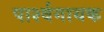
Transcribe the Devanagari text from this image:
पार्श्‍वगायक